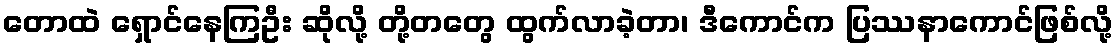
တောထဲ ရှောင်နေကြဦး ဆိုလို့ တို့တတွေ ထွက်လာခဲ့တာ၊ ဒီကောင်က ပြဿနာကောင်ဖြစ်လို့